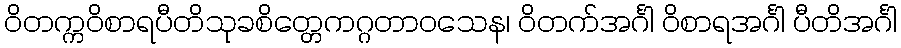
ဝိတက္ကဝိစာရပီတိသုခစိတ္တေကဂ္ဂတာဝသေန၊ ဝိတက်အင်္ဂါ ဝိစာရအင်္ဂါ ပီတိအင်္ဂါ